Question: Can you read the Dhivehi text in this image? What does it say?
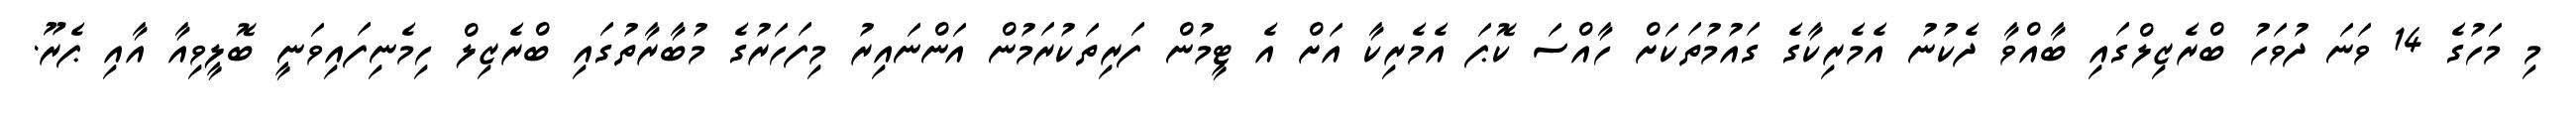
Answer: މި މަހުގެ 14 ވަނަ ދުވަހު ބްރެޒިލްގައި ބާއްވާ ދެކުނު އެމެރިކާގެ ގައުމުތަކަށް ހާއްސަ ކޮޕަ އެމެރިކާ އަށް އެ ޓީމުން ފަރިތަކުރަމުން އަންނައިރު މިފަހަރުގެ މުބާރާތުގައި ބްރެޒިލް ހިމެނިފައިވަނީ ބޮލީވިއާ އާއި ޕެރޫ.